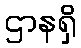
ဌာနရှိ